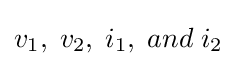
v_{1},\;v_{2},\;i_{1},\;and\;i_{2}